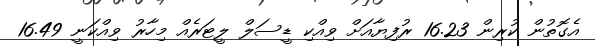
އެގޮތުން ކުރިން 16.23 ރުފިޔާއަށް ވިއްކި ޑީސަލް ލީޓަރެއް މިހާރު ވިއްކަނީ 16.49